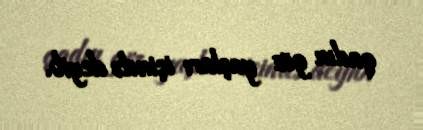
qadın göz yaşları içində deyib.